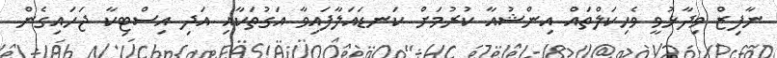
ނާފިޒް ވިދާޅުވީ ވެހިކަލްތައް އިންޝުއާ ކުރުމަށް ކަނޑައަލާފައިވާ އަގުތަކާއި އަދި އިސްޓިކާ ޖަހައިގެން